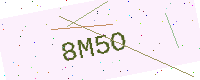
Text: 8M5O